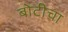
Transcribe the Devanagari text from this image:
बोटीचा